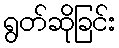
ရွတ်ဆိုခြင်း